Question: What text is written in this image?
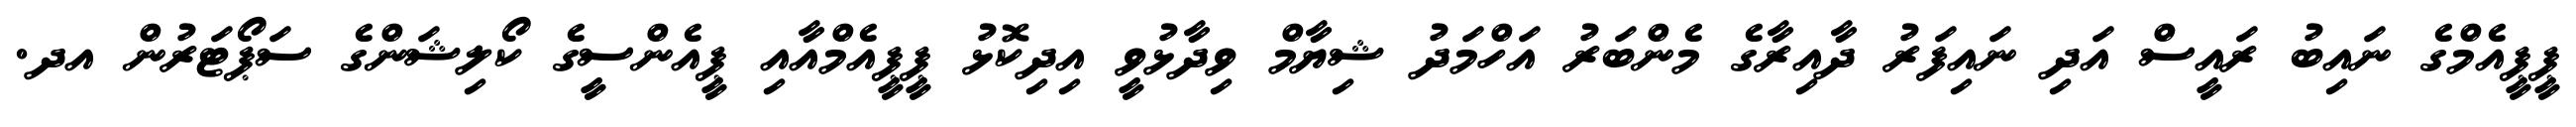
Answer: ޕީޕީއެމްގެ ނައިބު ރައީސް އަދި ނައިފަރު ދާއިރާގެ މެންބަރު އަހްމަދު ޝިޔާމް ވިދާޅުވީ އިދިކޮޅު ޕީޕީއެމްއާއި ޕީއެންސީގެ ކޯލިޝަންގެ ސަޕޯޓަރުން އދ.